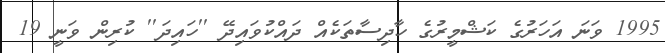
1995 ވަނަ އަހަރުގެ ކަޝްމީރުގެ ހާދިސާތަކެއް ދައްކުވައިދޭ ''ހައިދަ'' ކުރިން ވަނީ 19